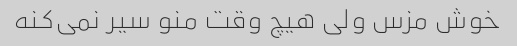
خوش مزس ولی هیچ وقت منو سیر نمی‌کنه